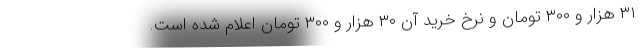
۳۱ هزار و ۳۰۰ تومان و نرخ خرید آن ۳۰ هزار و ۳۰۰ تومان اعلام شده است.